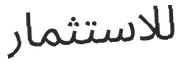
للاستثمار